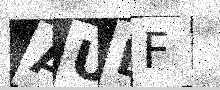
Text: AUBF